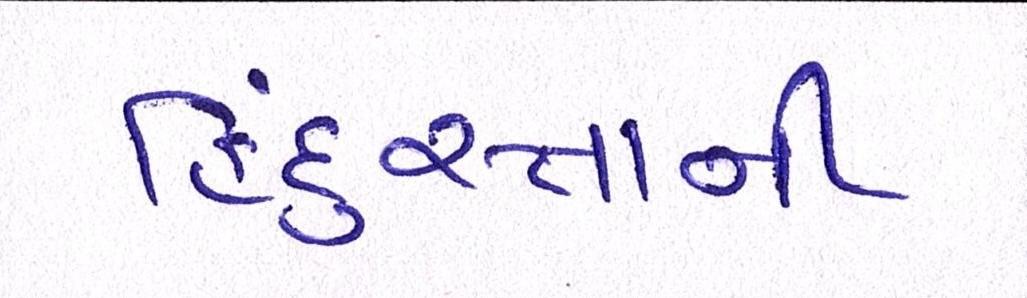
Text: હિંદુસ્તાની